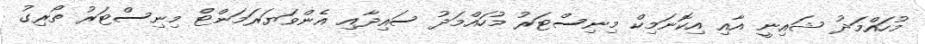
މުހައްމަދު ޝައިނީ އާއި އިކޮނަމިކް މިނިސްޓަރު މުހައްމަދު ސައިދާއި އެންވަޔަރަމަންޓް މިނިސްޓަރު ތޯރިގު